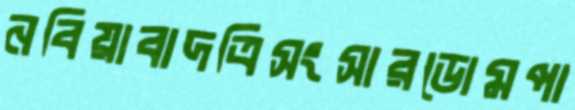
নবিয়াবাদত্রিসংসারডোমপা